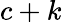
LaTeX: c+k